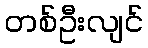
တစ်ဦးလျင်